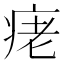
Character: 𤶁